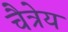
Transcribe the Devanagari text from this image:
चैत्रेय